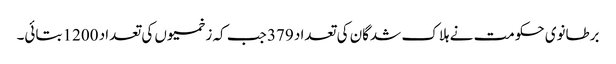
برطانوی حکومت نے ہلاک شدگان کی تعداد 379 جب کہ زخمیوں کی تعداد 1200 بتائی۔